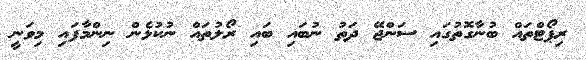
ރިޕޯޓްތައް ބުނާގޮތުގައި ސަންޖޭ ދަތު ނުބައި ބައި ރޯލުތައް ނުކުޅެން ނިންމާފައި މިވަނީ